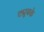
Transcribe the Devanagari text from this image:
ट्यूबके